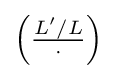
{\textstyle \left({\frac {L'/L}{\cdot }}\right)}